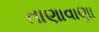
તાણાવાણા